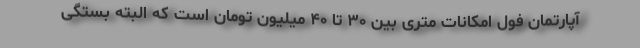
آپارتمان فول امکانات متری بین ۳۰ تا ۴۰ میلیون تومان است که البته بستگی